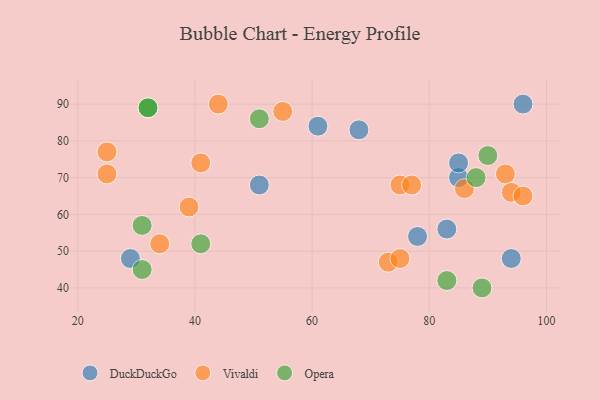
{"axis": {"x": "GDP", "y": "Life Expectancy"}, "legend": ["DuckDuckGo", "Opera", "Vivaldi"], "data": [{"x": "61", "y": 84, "type": "DuckDuckGo"}, {"x": "29", "y": 48, "type": "DuckDuckGo"}, {"x": "78", "y": 54, "type": "DuckDuckGo"}, {"x": "96", "y": 90, "type": "DuckDuckGo"}, {"x": "94", "y": 48, "type": "DuckDuckGo"}, {"x": "83", "y": 56, "type": "DuckDuckGo"}, {"x": "51", "y": 68, "type": "DuckDuckGo"}, {"x": "68", "y": 83, "type": "DuckDuckGo"}, {"x": "85", "y": 70, "type": "DuckDuckGo"}, {"x": "85", "y": 74, "type": "DuckDuckGo"}, {"x": "93", "y": 71, "type": "Vivaldi"}, {"x": "86", "y": 67, "type": "Vivaldi"}, {"x": "41", "y": 74, "type": "Vivaldi"}, {"x": "44", "y": 90, "type": "Vivaldi"}, {"x": "73", "y": 47, "type": "Vivaldi"}, {"x": "75", "y": 68, "type": "Vivaldi"}, {"x": "94", "y": 66, "type": "Vivaldi"}, {"x": "25", "y": 77, "type": "Vivaldi"}, {"x": "39", "y": 62, "type": "Vivaldi"}, {"x": "77", "y": 68, "type": "Vivaldi"}, {"x": "75", "y": 48, "type": "Vivaldi"}, {"x": "25", "y": 71, "type": "Vivaldi"}, {"x": "34", "y": 52, "type": "Vivaldi"}, {"x": "55", "y": 88, "type": "Vivaldi"}, {"x": "96", "y": 65, "type": "Vivaldi"}, {"x": "88", "y": 70, "type": "Opera"}, {"x": "89", "y": 40, "type": "Opera"}, {"x": "83", "y": 42, "type": "Opera"}, {"x": "90", "y": 76, "type": "Opera"}, {"x": "32", "y": 89, "type": "Opera"}, {"x": "41", "y": 52, "type": "Opera"}, {"x": "51", "y": 86, "type": "Opera"}, {"x": "32", "y": 89, "type": "Opera"}, {"x": "31", "y": 57, "type": "Opera"}, {"x": "31", "y": 45, "type": "Opera"}]}